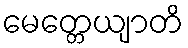
မေတ္တေယျာတိ